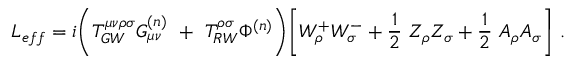
{ \cal L } _ { e f f } = i \bigg ( T _ { G W } ^ { \mu \nu \rho \sigma } G _ { \mu \nu } ^ { ( n ) } ~ + ~ T _ { R W } ^ { \rho \sigma } \Phi ^ { ( n ) } \bigg ) \bigg [ W _ { \rho } ^ { + } W _ { \sigma } ^ { - } + \frac { 1 } { 2 } ~ Z _ { \rho } Z _ { \sigma } + \frac { 1 } { 2 } ~ A _ { \rho } A _ { \sigma } \bigg ] \ .